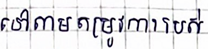
ទៅតាមតម្រូវការរបស់